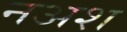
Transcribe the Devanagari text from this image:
नअश